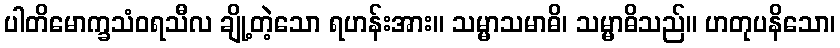
ပါတိမောက္ခသံဝရသီလ ချို့တဲ့သော ရဟန်းအား။ သမ္မာသမာဓိ၊ သမ္မာဓိသည်။ ဟတုပနိသော၊